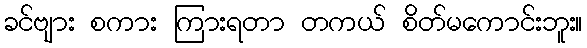
ခင်ဗျား စကား ကြားရတာ တကယ် စိတ်မကောင်းဘူး။